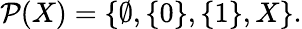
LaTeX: {\mathcal{P}}(X)=\{ \emptyset,\{ 0\} ,\{ 1\} ,X\} .